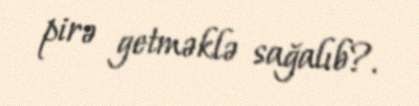
pirə getməklə sağalıb?.